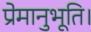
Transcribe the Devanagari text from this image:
प्रेमानुभूति।